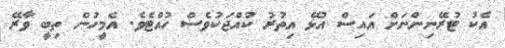
އެކު ޓުރޭނިންނަށް އައިސް އުޅޭ އިތުރު ކުއްޖަކުވެސް ހުއްޓެވެ. އެމީހުން ތިބީ ވާރޭ